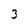
Character: 3